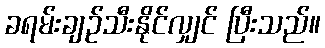
ခရမ်းချဉ်သီးနိုင်လျှင် ပြီးသည်။